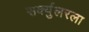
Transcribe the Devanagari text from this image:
सर्क्युलरला